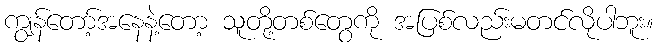
ကျွန်တော့်အနေနဲ့တော့ သူတို့တစ်တွေကို အပြစ်လည်းမတင်လိုပါဘူး။